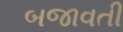
બજાવતી